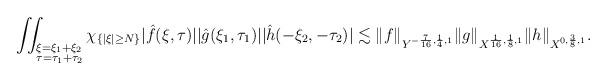
LaTeX: \begin{align*} \iint_{\begin{subarray}{l}\\ \xi=\xi_{1}+\xi_{2}\\ \tau=\tau_{1}+\tau_{2} \end {subarray}} \chi_{\{|\xi|\geq N\}}|\hat{f}(\xi,\tau)||\hat{g}(\xi_1,\tau_1)||\hat{h}(-\xi_{2},-\tau_{2})| \lesssim \| f\|_{Y^{-\frac{7}{16},\frac14,1}} \|g\|_{X^{\frac{1}{16},\frac18,1}} \|h\|_{X^{0,\frac38,1}}.\end{align*}